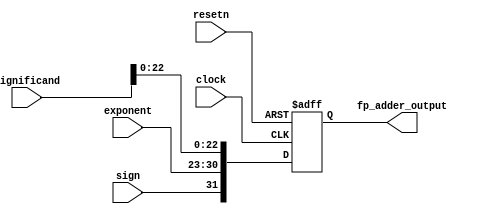
`timescale 1ns / 1ps
//////////////////////////////////////////////////////////////////////////////////
// Company: 
// Engineer: 
// 
// Design Name: 
// Module Name:    result_adder_status 
// Project Name: 
// Target Devices: 
// Tool versions: 
// Description: 
//
// Dependencies: 
//
// Revision: 
// Revision 0.01 - File Created
// Additional Comments: 
//
//////////////////////////////////////////////////////////////////////////////////
module result_adder_status(clock, resetn, sign, exponent, significand, fp_adder_output);
	input clock,resetn;
	
	input sign;
	input [7:0] exponent;
	input [23:0] significand;
	
	output reg [31:0] fp_adder_output;

	always@(posedge clock, negedge resetn) begin
		if(!resetn) begin
			fp_adder_output <= 0;
		end
		else begin
			fp_adder_output <= {sign, exponent, significand[22:0]};
		end
	end

endmodule